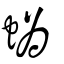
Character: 蟡